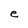
Character: e